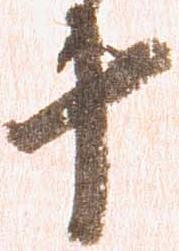
十